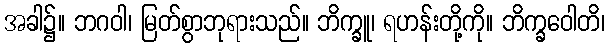
အခါ၌။ ဘဂဝါ၊ မြတ်စွာဘုရားသည်။ ဘိက္ခူ၊ ရဟန်းတို့ကို။ ဘိက္ခဝေါတိ၊